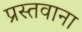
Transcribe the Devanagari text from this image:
प्रस्तवाना